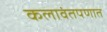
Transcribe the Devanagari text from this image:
कलावंतपणात